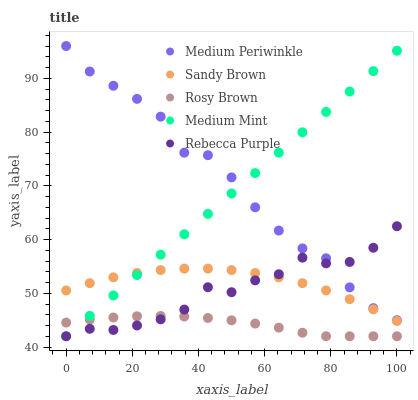
| xaxis_label | Medium Periwinkle | Sandy Brown | Rosy Brown | Medium Mint | Rebecca Purple |
 | --- | --- | --- | --- | --- | --- |
 | 0 | 96 | 50.5 | 44.5 | 42 | 42 |
 | 7.14 | 91.3 | 51.9 | 45.1 | 45.8 | 43.4 |
 | 14.3 | 88.6 | 53 | 45.5 | 49.6 | 43.2 |
 | 21.4 | 86.2 | 53.8 | 45.7 | 53.4 | 44 |
 | 28.6 | 82.9 | 54.3 | 45.8 | 57.2 | 45.2 |
 | 35.7 | 76.2 | 54.6 | 45.7 | 61 | 47 |
 | 42.9 | 75.7 | 54.6 | 45.4 | 64.8 | 51.1 |
 | 50 | 71.6 | 54.3 | 45 | 68.6 | 50.2 |
 | 57.1 | 66 | 53.8 | 44.4 | 72.4 | 52.4 |
 | 64.3 | 61.7 | 53 | 43.6 | 76.2 | 53.5 |
 | 71.4 | 58.3 | 51.9 | 42.7 | 79.9 | 56.6 |
 | 78.6 | 56.5 | 50.5 | 42 | 83.7 | 55.6 |
 | 85.7 | 51.1 | 48.9 | 42 | 87.5 | 55.8 |
 | 92.9 | 47.2 | 47 | 42 | 91.3 | 58.5 |
 | 100 | 45 | 44.8 | 42 | 95.1 | 62.5 |